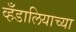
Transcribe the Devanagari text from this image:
व्हँडालियाच्या